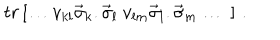
t r \left[ \ldots v _ { k l } \vec { \sigma } _ { k } . \vec { \sigma } _ { l } ~ v _ { l m } \vec { \sigma } _ { l } . \vec { \sigma } _ { m } \ldots \ \right] \, .